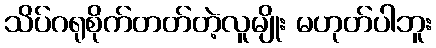
သိပ်ဂရုစိုက်တတ်တဲ့လူမျိုး မဟုတ်ပါဘူး